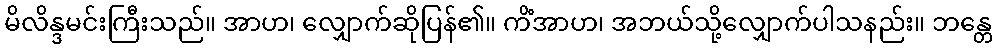
မိလိန္ဒမင်းကြီးသည်။ အာဟ၊ လျှောက်ဆိုပြန်၏။ ကိံအာဟ၊ အဘယ်သို့လျှောက်ပါသနည်း။ ဘန္တေ